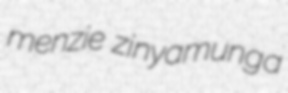
menzie zinyamunga